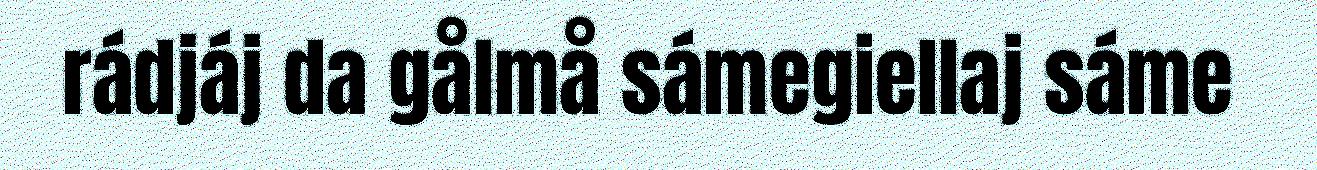
rádjáj da gålmå sámegiellaj sáme